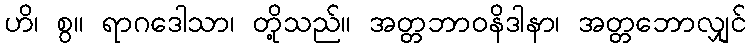
ဟိ၊ စွ။ ရာဂဒေါသာ၊ တို့သည်။ အတ္တဘာဝနိဒါနာ၊ အတ္တဘောလျှင်